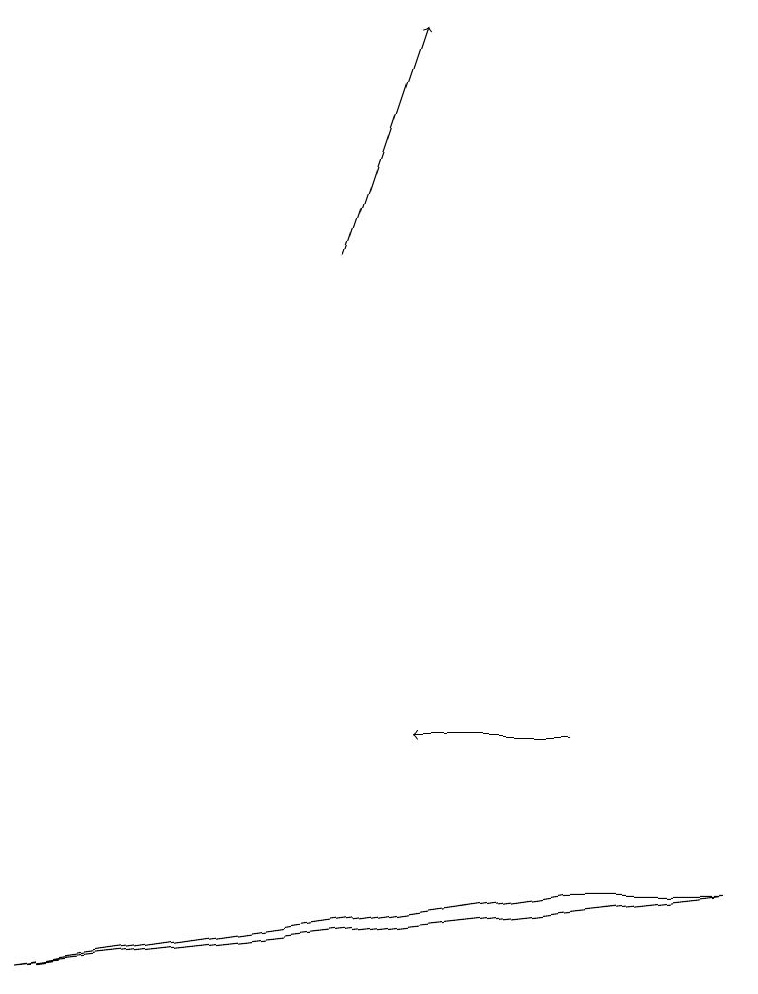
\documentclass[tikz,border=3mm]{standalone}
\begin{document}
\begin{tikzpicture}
\draw[->] (7,10) -- (5,10);
\draw[->] (4,16) -- (5,19);
\draw (9,8) -- (0,7) -- (7,8) -- cycle;
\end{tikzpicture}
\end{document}